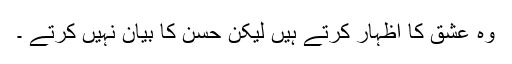
وہ عشق کا اظہار کرتے ہیں لیکن حسن کا بیان نہیں کرتے ۔